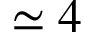
\simeq 4